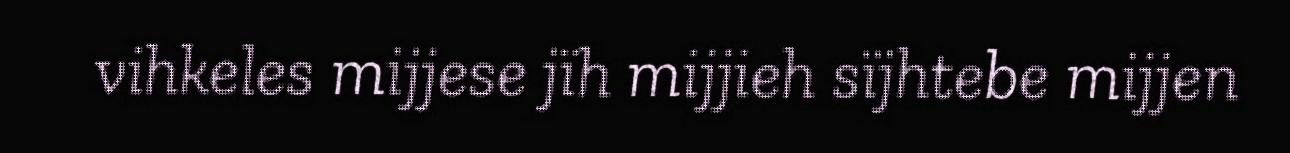
vihkeles mijjese jïh mijjieh sïjhtebe mijjen